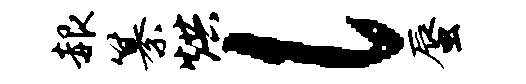
赧纂烘l蜃